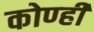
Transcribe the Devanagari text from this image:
कोण्ही